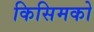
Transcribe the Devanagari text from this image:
किसिमको